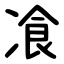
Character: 飡